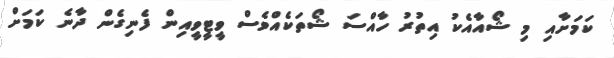
ކަމަށާއި މި ޝޯއާއެކު އިތުރު ހާއްސަ ޝޯތަކެއްވެސް ވީޓީވީއިން ފެނިގެން ދާނެ ކަމަށް